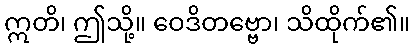
ဣတိ၊ ဤသို့။ ဝေဒိတဗ္ဗော၊ သိထိုက်၏။